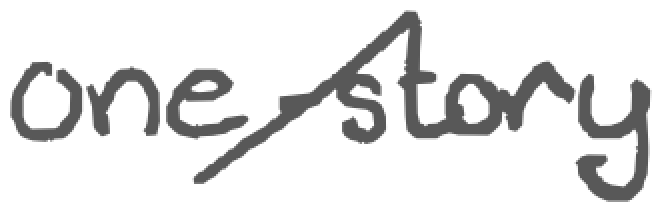
Text: one-story
Cross-out: diagonal
Writing tool: digital_gray